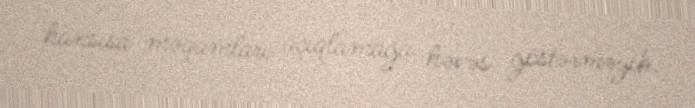
hansısa məqamları açıqlamağa həvəs göstərməyib.